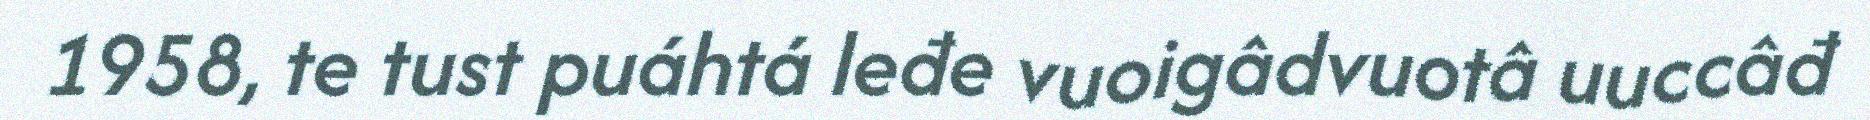
1958, te tust puáhtá leđe vuoigâdvuotâ uuccâđ